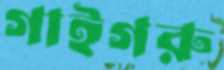
গাইগরু